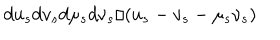
d u _ { s } d v _ { s } d \mu _ { s } d \nu _ { s } / ( u _ { s } - v _ { s } - \mu _ { s } \nu _ { s } )